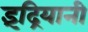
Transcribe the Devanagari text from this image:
इंद्रियानी